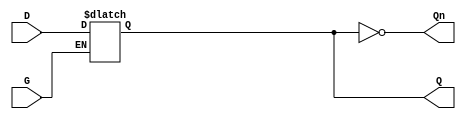
module gated_latch (
    input wire D,  // Data input
    input wire G,  // Gate control signal
    output reg Q,  // Output signal
    output wire Qn // Complement of the output Q
);

    // Assign the complement of Q to Qn
    assign Qn = ~Q;

    // Always block that captures the input D when G is high
    always @(*) begin
        if (G) begin
            Q = D;  // When G is high, Q follows D
        end
        // When G is low, Q holds its previous state
    end

endmodule